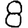
Digit: 8